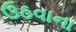
ઉઠવાના